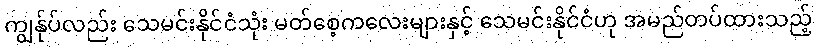
ကျွန်ုပ်လည်း သေမင်းနိုင်ငံသုံး မတ်စေ့ကလေးများနှင့် သေမင်းနိုင်ငံဟု အမည်တပ်ထားသည့်